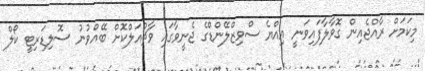
މިކަމަށް ރާއްޖެއިން ގޮވާލާފައިވަނީ އިއްޔެ ސްވިޒްލޭންޑްގެ ޖެނީވާގައި ވާޗުއަލްކޮށް ބޭއްވުނު ސޮލިޑަރިޓީ ކޯލް